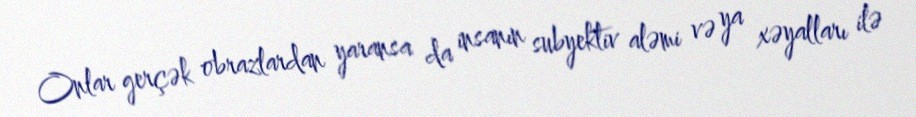
Onlar gerçək obrazlardan yaransa da insanın subyektiv aləmi və ya xəyalları ilə